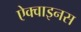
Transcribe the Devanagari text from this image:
ऐक्वाइनस